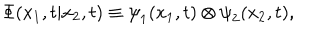
{ \Phi } ( x _ { 1 } , t | x _ { 2 } , t ) \equiv { \psi } _ { 1 } ( x _ { 1 } , t ) \otimes { \psi } _ { 2 } ( x _ { 2 } , t ) ,